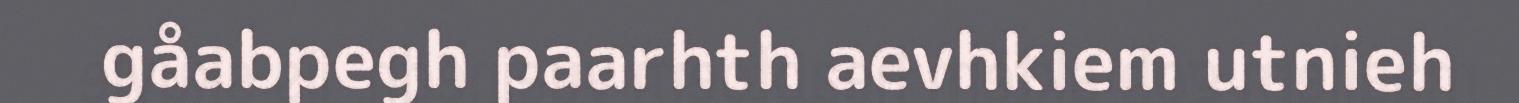
gåabpegh paarhth aevhkiem utnieh